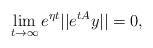
\begin{align*}\lim_{t\rightarrow \infty} e^{\eta t}||e^{tA}y||=0,\end{align*}